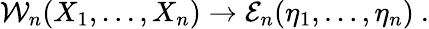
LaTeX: {\cal W}_{n}(X_{1},\ldots,X_{n})\rightarrow{\mathcal E}_{n}(\eta_{1},\ldots,\eta_{n})\ .